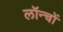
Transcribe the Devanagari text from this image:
लॉन्चों